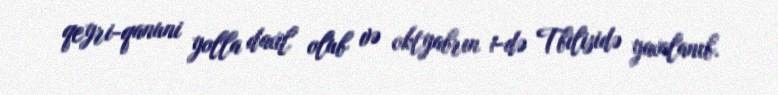
qeyri-qanuni yolla daxil olub və oktyabrın 1-də Tbilisidə yaxalanıb.